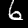
Label: 6